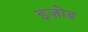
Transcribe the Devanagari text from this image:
इज़ोड